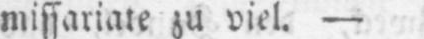
missariate zu viel. -